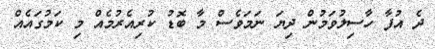
ދެ އުފާ ހާސިލުވަމުން ދިޔަ ނަމަވެސް މާ ބޮޑު ކުރިއެރުމެއް މި ކަމުގައެއް